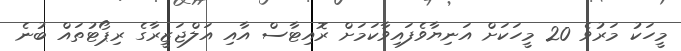
މީހަކު މަރުވެ 20 މީހަކަށް އަނިޔާވެފައިވާކަމަށް ރޮއިޓާސް އާއި އަލްޖަޒީރާގެ ރިޕޯޓުތައް ބުނެ